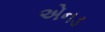
એનડ